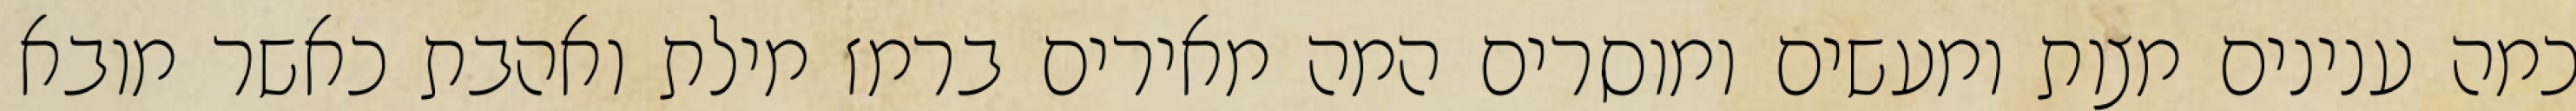
כמה ענינים מצות ומעשים ומוסרים המה מאירים ברמז מילת ואהבת כאשר מובא